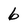
Character: 6